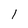
Character: 1